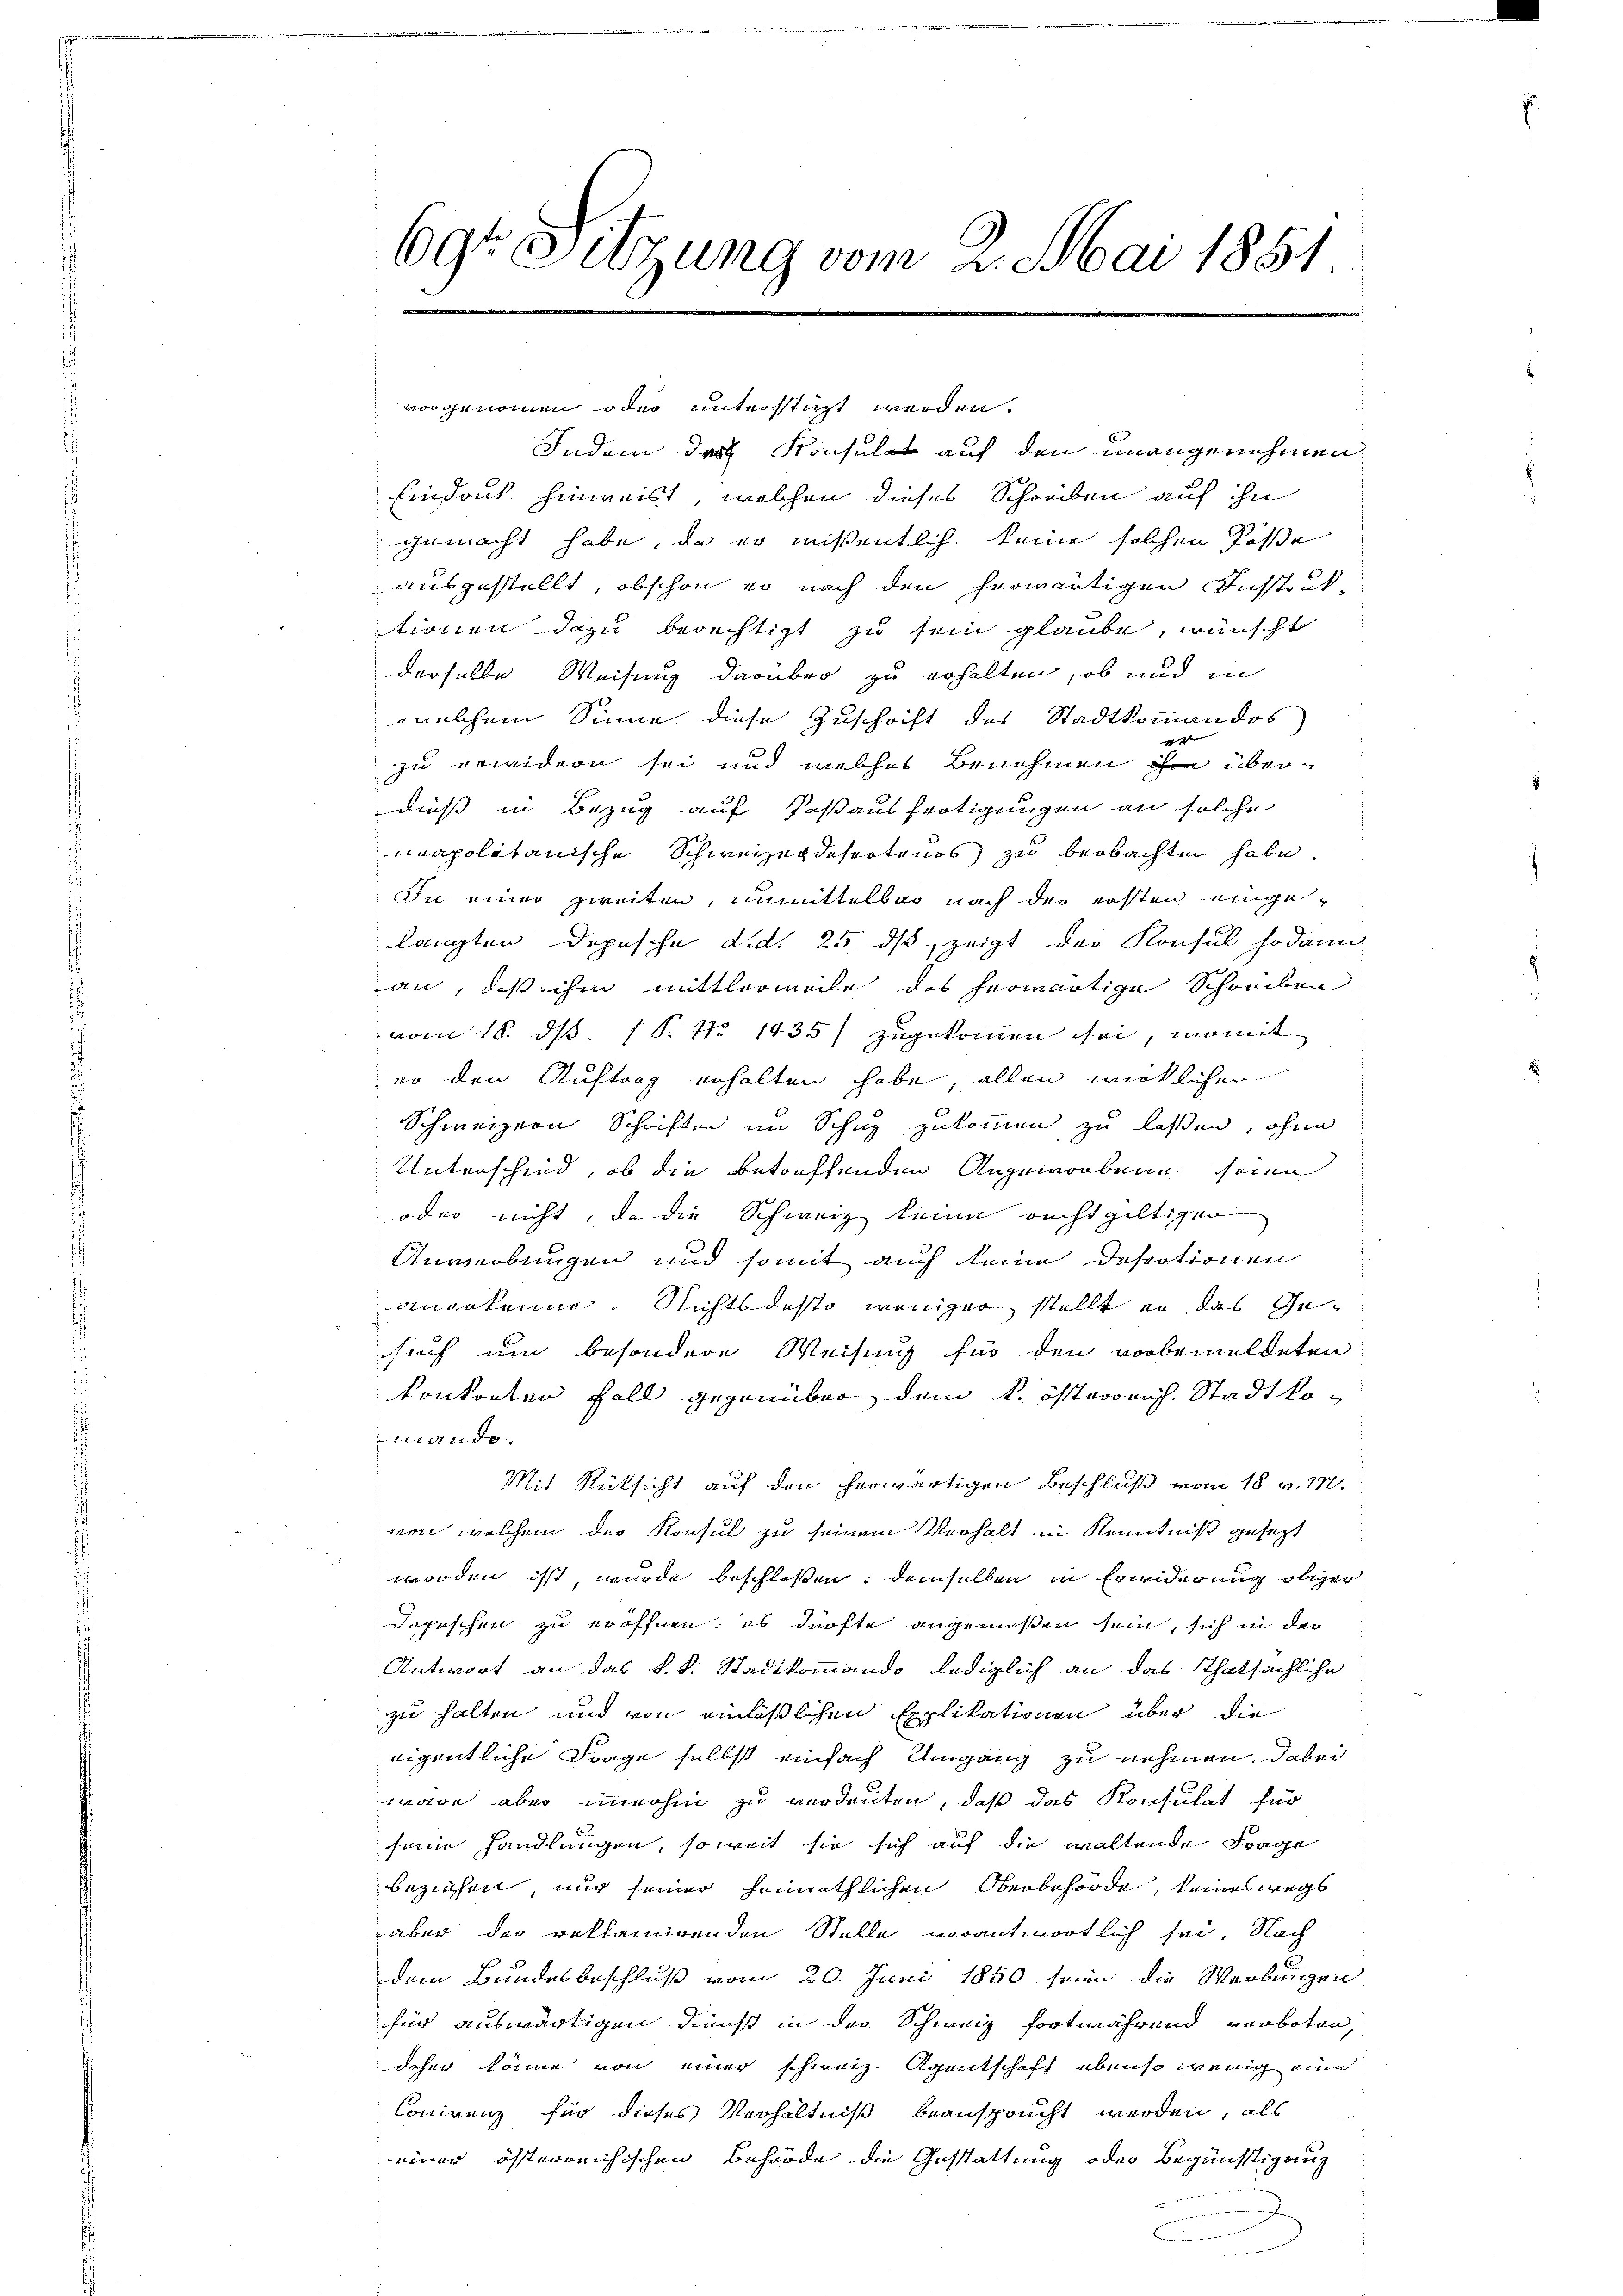
69t Sitzung vom 2. Mai 1851
M

Indem des Konsulat auf den unangenehmen.
Eindruck hinweist, welchen dieses Schreiben auf ihn
gemacht habe, da er wissentlich keine solchen Kose
ausgestellt, obschon er nach den herwärtigen Instruktionen dazu berechtigt zu sein glaube, wünscht
derselbe Weisung darüber zu erhalten, ob und in
welchem Sinne diese Zuschrift des Stadtkommandos
zu erwidern sei und welches Benehmen ihm überdieß in Bezug auf Paßausfrotigungen an solche
neapolitanische Schweizerdesertens zu beobachten habe.
In einer zweiten, unmittelbar nach der ersten eingelangten Depesche d.d. 25. ds, zeigt der Konsul sodann
an, daß ihm mittlermelle des herwärtige Schreiben
vom 18. ds (S. No 1435) zugekommen sei, womit
er den Auftrag erhalten habe, allen wirklichen
Schweizern Schriften im Schuz zukommen zu lassen, ohne
Unterschied, ob die betreffenden Angeworbene seine
oder nicht, da die Schweiz keine recht gültigen
Anwerbungen und somit auch keine Despotionen
anerkenne. Nichtsdesto weniger stellt er das Gesuch um besondere Weisung für den vorbemeldeten
kontonten Fall gegenüber dem k. österrich. Stadtkomando.
Mit Rücksicht auf den herwärtigen Beschluß vom 18. v. M.
von, welchem der Konsul zu seinem Verhalt in Kenntniß gesezt
worden isst, wurde beschlossen: demselben in Erwiderung obiger
Depeschen zu eröffnen, es dürfte angemeßen sein, sich in der
Antwort an das k.k. Stadtkommando lediglich an das Thatsächliche
zu halten und von einläßlichen Explikationen über die
eigentliche Frage selbst einfach Umgang zu nehmen. Dabei
wäre aber immerhin zu verdeuten, daß das Konsulat für
seine Handlungen, soweit sie sich auf die waltende Frage
beziehen, nur seiner heimathlichen Oberbehörde, keineswegs
aber der reklamirenden Stelle verantwortlich sei. Nach
dem Bundesbeschluß vom 20. Juni 1850 seien die Werbungen
für auswärtigen Dienst in der Schweiz fortwährend verboten,
daher könne von einer schweiz. Agentschaft ebenso wenig eine
Conirenz für dieses Verhältniß beansprucht werden, als
einer österreichischen Behörde die Gestattung oder Begünstigung

vorgenommen oder unterstüzt werden.